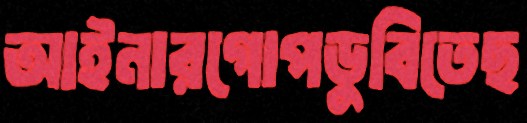
আইনারগোপডুবিতেছ